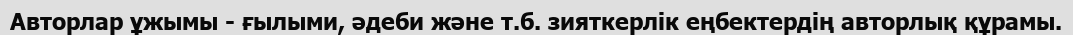
Авторлар ұжымы - ғылыми, әдеби және т.б. зияткерлік еңбектердің авторлық құрамы.